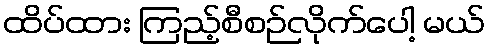
ထိပ်ထား ကြည့်စီစဉ်လိုက်ပေါ့ မယ်